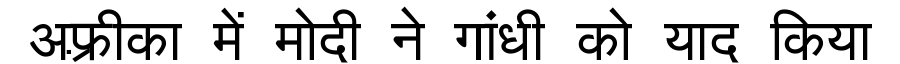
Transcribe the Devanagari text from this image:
अफ़्रीका में मोदी ने गांधी को याद किया